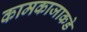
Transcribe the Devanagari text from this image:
कामकाजाकडे